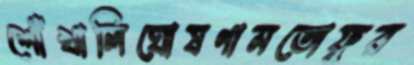
শোঁখালিঘোষণামতোফুর